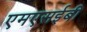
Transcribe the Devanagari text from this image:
एमएसईबी